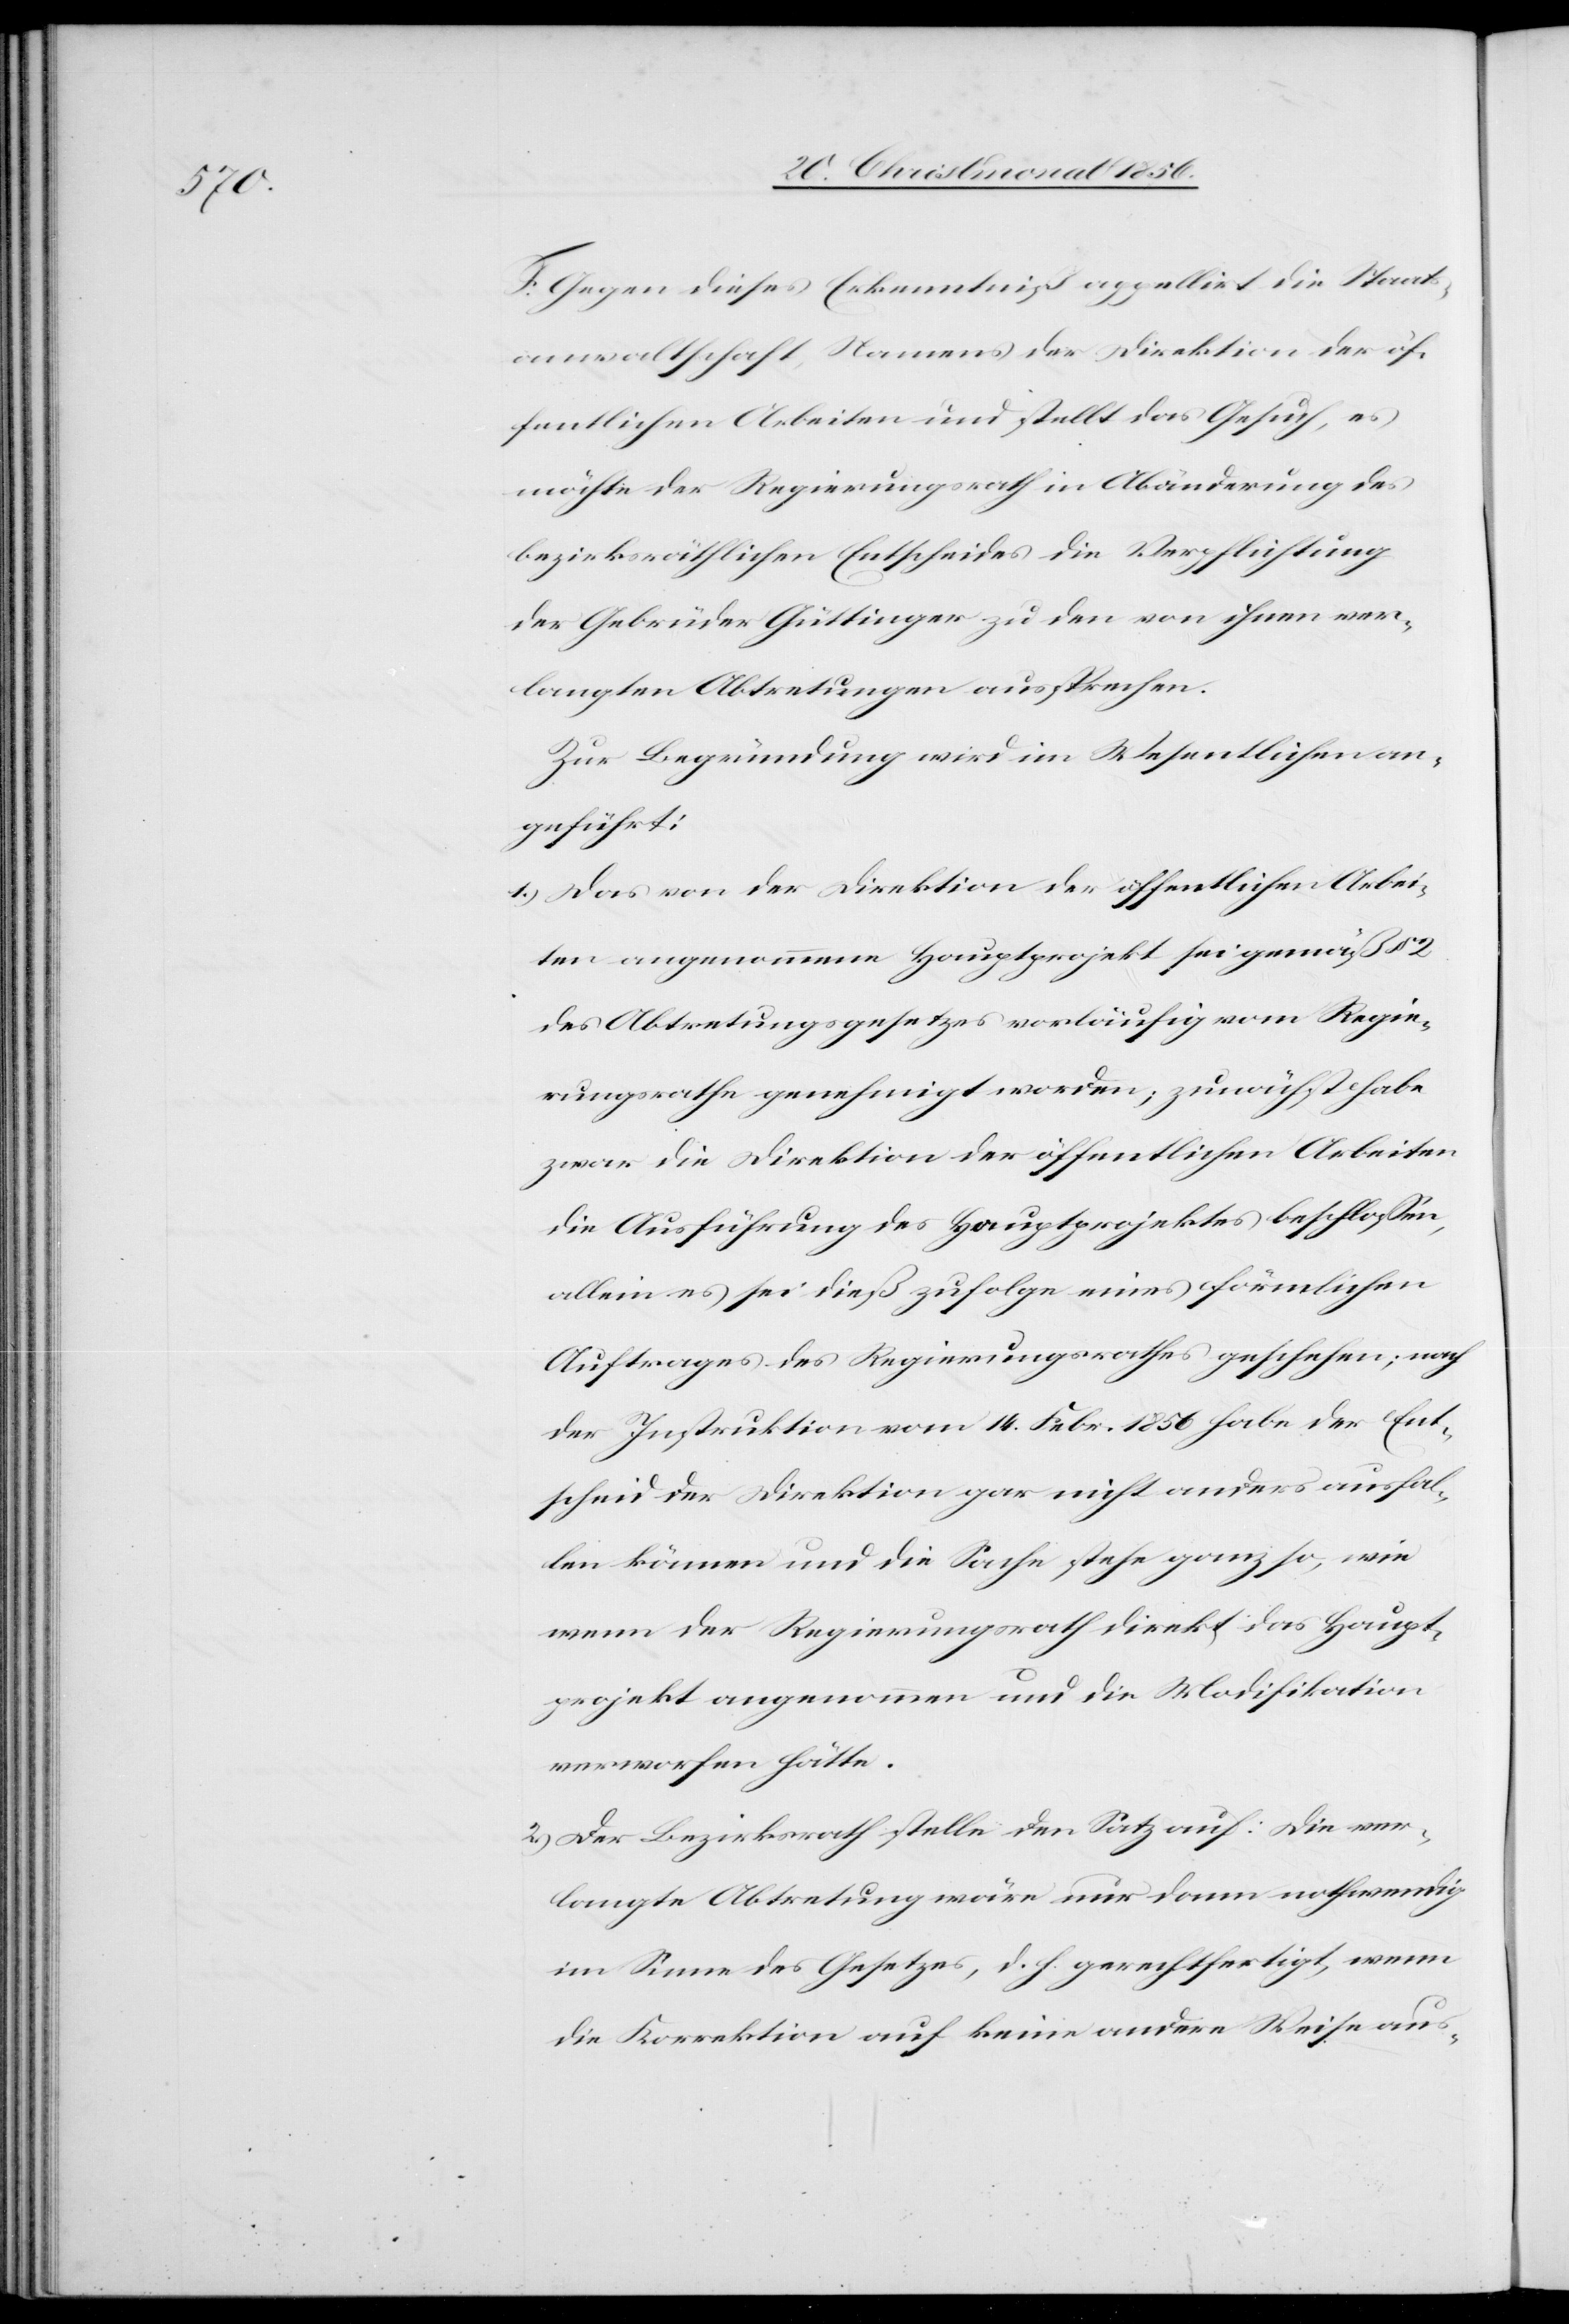
F. Gegen dieses Erkenntniß appellirt die Staats¬
anwaltschaft, Namens der Direktion der öf¬
fentlichen Arbeiten und stellt das Gesuch, es
möchte der Regierungsrath in Abänderung des
bezirksräthlichen Entscheides die Verpflichtung
der Gebrüder Güttinger zu den von ihnen ver¬
langten Abtretungen aussprechen.
Zur Begründung wird im Wesentlichen an¬
geführt:
1.) Das von der Direktion der öffentlichen Arbei¬
ten angenommene Hauptprojekt sei gemäß §
des Abtretungsgesetzes vorläufig vom Regie¬
rungsrathe genehmigt worden; zunächst habe
zwar die Direktion der öffentlichen Arbeiten
die Ausführung des Hauptprojektes beschlossen,
allein es sei dieß zufolge eines förmlichen
Auftrages des Regierungsrathes geschehen; nach
der Instruktion vom 14. Febr. 1856 habe der Ent¬
scheid der Direktion gar nicht anders ausfal¬
len können und die Sache stehe ganz so, wie
wenn der Regierungsrath direkt das Haupt¬
projekt angenommen und die Modifikation
verworfen hätte.
2.) Der Bezirksrath stelle den Satz auf: Die ver¬
langte Abtretung wäre nur dann nothwendig
im Sinne des Gesetzes, d. h. gerechtfertigt, wenn
die Korrektion auf keine andere Weise aus-